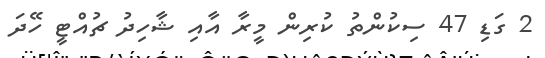
2 ގަޑި 47 ސިކުންތު ކުރިން މީރާ އާއި ޝާހިދު ޗުއްޓީ ހޭދަ